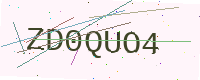
Text: ZD0QUO4